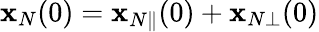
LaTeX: {\mathbf x}_{N}(0)={\mathbf x}_{N\Vert}(0)+{\mathbf x}_{N\bot}(0)